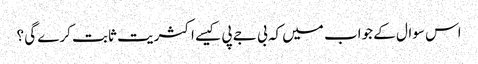
اس سوال کے جواب میں کہ بی جے پی کیسے اکثریت ثابت کرے گی ؟